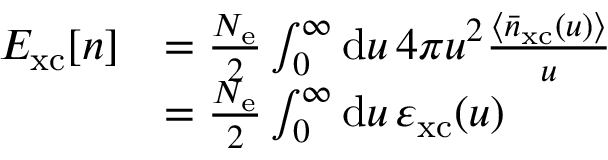
\begin{array} { r l } { E _ { \mathrm { x c } } \ensuremath { [ n ] } } & { = \frac { \ensuremath { N _ { \mathrm { e } } } } { 2 } \int _ { 0 } ^ { \infty } \mathrm { d } u \, 4 \pi u ^ { 2 } \frac { \langle \bar { n } _ { \mathrm { x c } } ( u ) \rangle } { u } } \\ & { = \frac { \ensuremath { N _ { \mathrm { e } } } } { 2 } \int _ { 0 } ^ { \infty } \mathrm { d } \ensuremath { u } \, \varepsilon _ { \mathrm { x c } } ( u ) } \end{array}